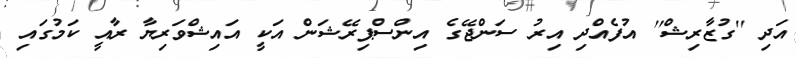
އަދި ''ގުޒާރިޝް'' އުފެއްދި އިރު ސަންޖޭގެ އިންސްޕިރޭޝަން އަކީ އައިޝްވަރިޔާ ރާއީ ކަމުގައި